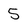
Character: 5